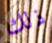
ذلك